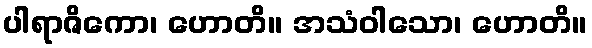
ပါရာဇိကော၊ ဟောတိ။ အသံဝါသော၊ ဟောတိ။